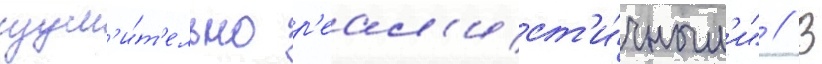
изум'и́т'ельно р'еал'ист'и́чным'и" // В